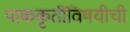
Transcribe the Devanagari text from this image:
पाककृतींविषयीची